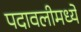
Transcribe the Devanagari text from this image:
पदावलीमध्ये